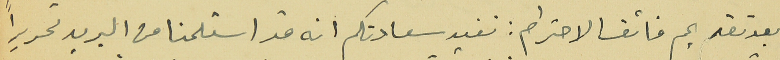
بعد تقديم فائق الاحترام : نفيد سعادتكم انه قد استلمنا من البريد تحريراً